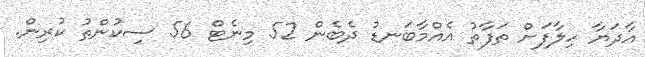
އާދަޔާ ހިލާފަށް ތަފާތު އެއްމާބަނޑު ދެބެން 52 މިނެޓް 56 ސިކުންތު ކުރިން.